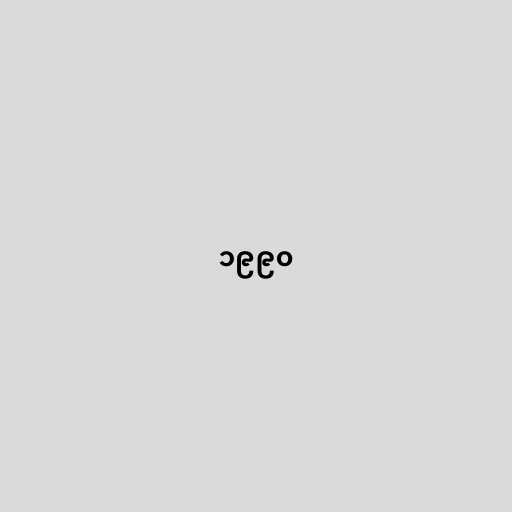
၁၉၉၀